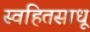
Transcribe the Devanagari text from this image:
स्वहितसाधू